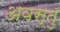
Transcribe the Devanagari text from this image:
अवस्तु